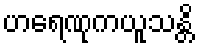
ဟရေဏုကယူသန္တိ